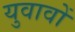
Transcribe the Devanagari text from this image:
युवावों